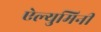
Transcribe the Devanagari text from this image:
ऐल्युमिनी